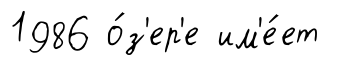
1986 о́з'ер'е им'е́ет